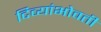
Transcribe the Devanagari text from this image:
दिव्यांभोवती